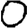
Digit: 0